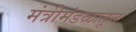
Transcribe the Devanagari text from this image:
मंत्रीमंडळातून